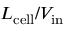
L _ { \mathrm { { c e l l } } } / V _ { \mathrm { i n } }